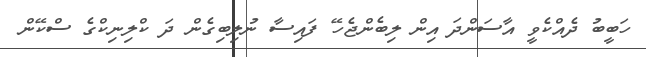
ހަބީބު ދެއްކެވީ އާސަންދަ އިން ލިބެންޖެހޭ ފައިސާ ނުލިބިގެން ދަ ކްލިނިކްގެ ސްކޭން